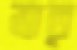
ভ্রাতৃ